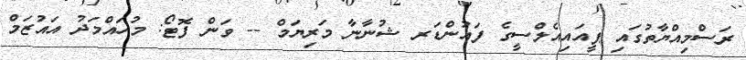
ރަސްމިއްޔާތުގައި ޕީއައިއެލްސީގެ ފައުންޑަރ ޝުނާނާ މަރިޔަމް -- ވަން ފޮޓޯ: މުހައްމަދު އައުޒަމް